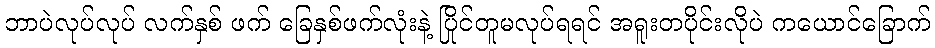
ဘာပဲလုပ်လုပ် လက်နှစ် ဖက် ခြေနှစ်ဖက်လုံးနဲ့ ပြိုင်တူမလုပ်ရရင် အရူးတပိုင်းလိုပဲ ကယောင်ခြောက်